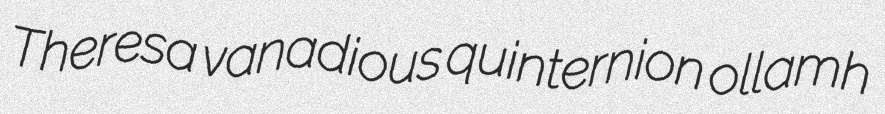
Theresa vanadious quinternion ollamh